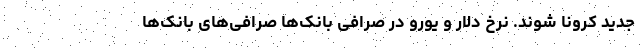
جدید کرونا شوند. نرخ دلار و یورو در صرافی بانک‌ها صرافی‌های بانک‌ها